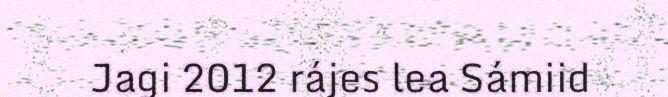
Jagi 2012 rájes lea Sámiid